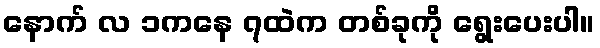
နောက် လ ၁ကနေ ၇ထဲက တစ်ခုကို ရွေးပေးပါ။